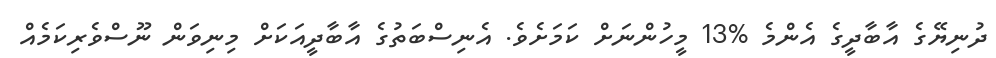
ދުނިޔޭގެ އާބާދީގެ އެންމެ %13 މީހުންނަށް ކަމަށެވެ. އެނިސްބަތުގެ އާބާދީއަކަށް މިނިވަން ނޫސްވެރިކަމެއް